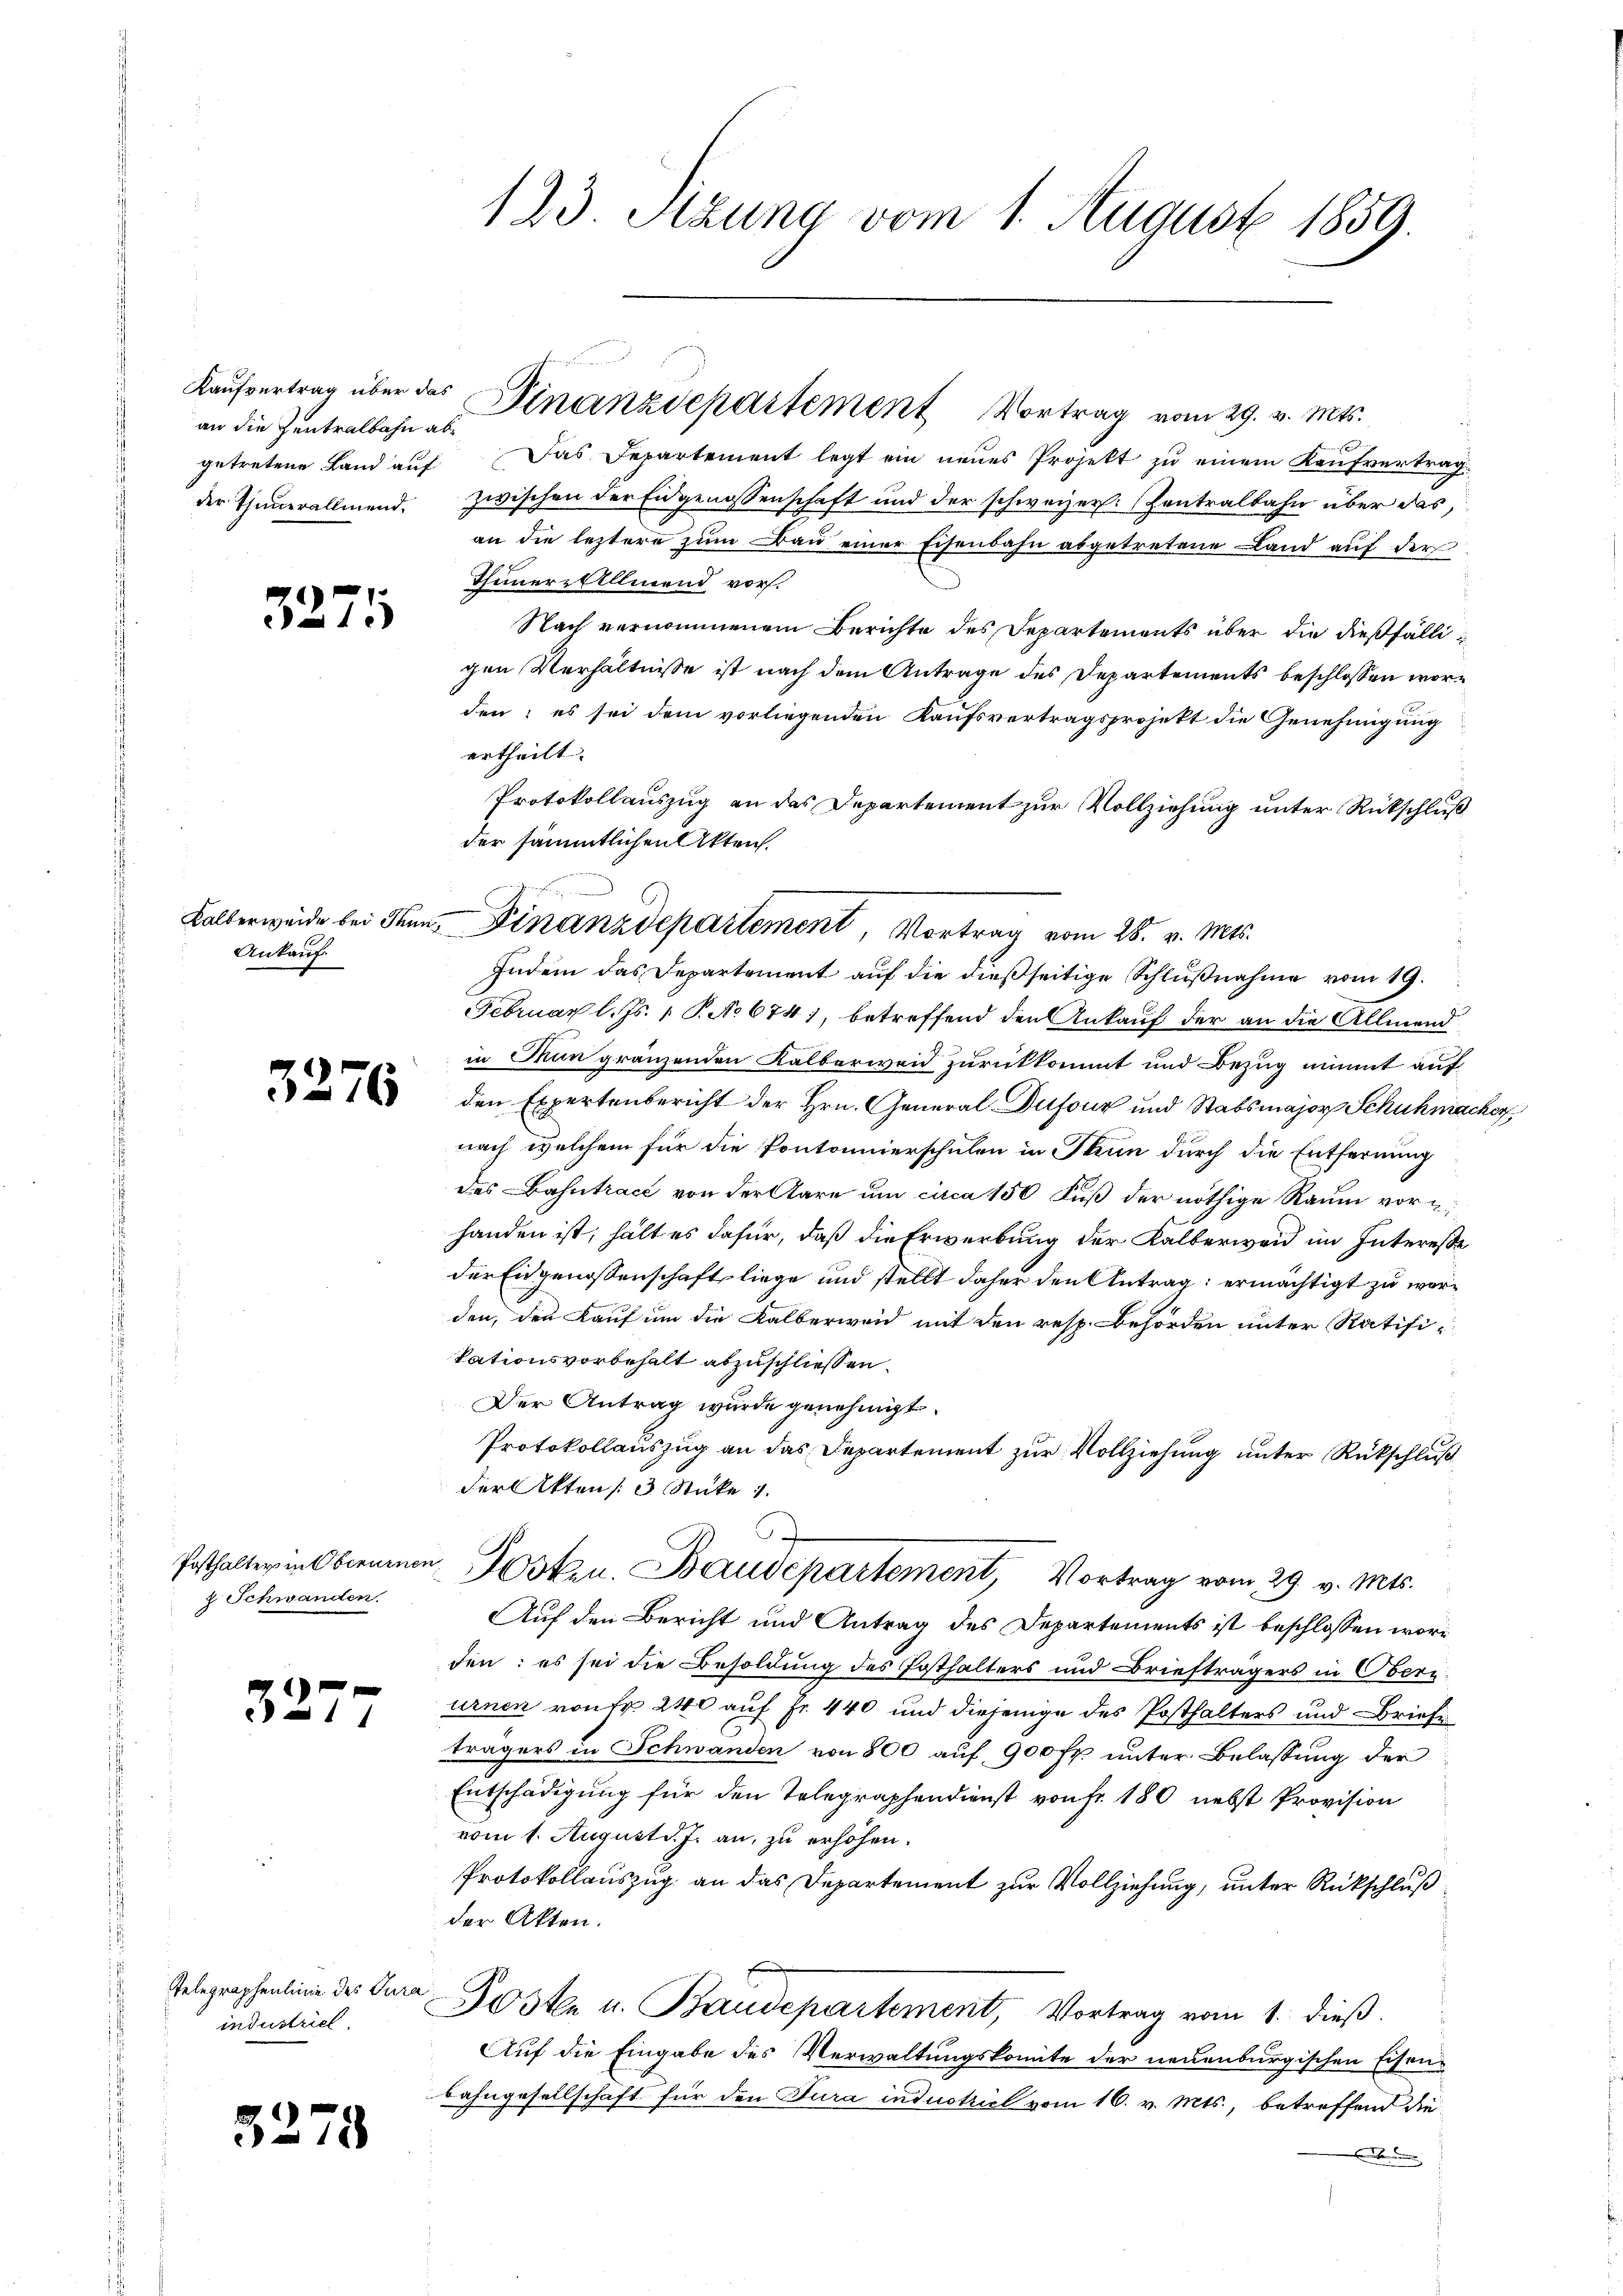
an die Zentralbahn abe
getretene Land auf

32

Kalberweide bei denn,
Ankauf

35

Posthalter in Oberuenen,
2 Schwanden.

327

Telegraphenlinie des Tura
industriel

5.

.

1

276

78

123 Stzung vom 1. August 1859.

Kaŭfvertrag über das Finanzdepartement Vortrag vom 29. v. Mts.

Das Departement legt ein neues Projekt zu einem Kaufvertragder Thunerallmend. Zwischen der Eidgenossenschaft und der schweizer. Zentralbahn über das,
an die leztere zum Bau einer Eisenbahn abgetretene Land auf der
Themer-Allmend vor.
Nach vernommenem Berichte des Departements über die dießfälligen Verhältnisse ist nach dem Antrage des Departements beschlossen worden; es sei dem vorliegenden Kaufsvertragsprojekt die Genehmigung
ertheilt.
Protokollauszug an das Departement zur Vollziehung unter Rückschluß
der sämmtlichen Akten.
Indem das Departement auf die dießseitige Schlußnahme vom 19.
Februar l. Js. 1 S. No 674), betreffend den Ankauf der an die Allmend
in Man gränzenden Kalberweid zurückkommt und Bezug nimmt auf
den Expertenbericht der Hrn. General Dufour und Stabsmajor Schuhmacher
nach welchem für die Pontonnierschulen in Thun durch die Entfernung
des ahntrace von der Aare um circa 150 Fuß der nöthige Raum vor
handen ist, hält es dafür, daß die Erwerbung der Kalberweid im Interesse
der Eidgenossenschaft liege und stellt daher den Antrag: ermächtigt zu worden, den Kauf um die Kalberweid mit den resp. Behörden unter Ratifi-
Tationsvorbehalt abzuschliessen.
Der Antrag wurde genehmigt.
Protokollauszug an das Departement zur Vollziehung unter Rückschluß
der Akten 3 Stücke 1.
Gosten. Baudepartement, Vortrag vom 29. v. Mts.
Auf den Bericht und Antrag des Departements ist beschlossen worden: es sei die Besoldung des Posthalters und Briefträgers in Obern
urnen von Fr. 240 auf Fr. 440 und diejenige des Posthalters und Briefe
trägers in Schwanden von 800 auf 900 fl unter Belassung der
Entschädigung für den Telegraphendienst von fr. 180 nebst Provision
vom 1. August d. J. an, zu erhöhen.
Protokollauszug an das Departement zur Vollziehung, unter Rückschluß
der Akten.
Posten u. Baudepartement, Vortrag vom 1. dieß.
Auf die Eingabe des Verwaltungskomite der neuenburgischen Eisen-
bahngesellschaft für den Tura industriel vom 16. v. Mts., betreffend die
b

Finanzdepartement, Vortrag vom 28. v. Mts.